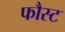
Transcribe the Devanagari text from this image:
फौस्ट